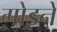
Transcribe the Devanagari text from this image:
गोड़ने